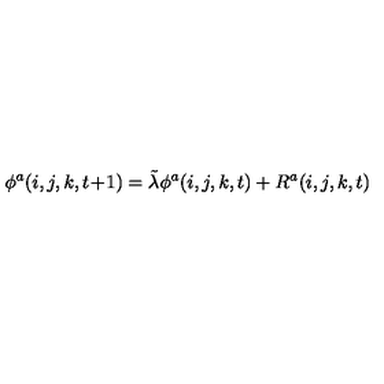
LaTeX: \phi ^ { a } ( i , j , k , t \! + \! 1 ) = \tilde { \lambda } \phi ^ { a } ( i , j , k , t ) + R ^ { a } ( i , j , k , t )